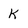
Character: K